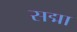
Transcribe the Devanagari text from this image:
सद्मा